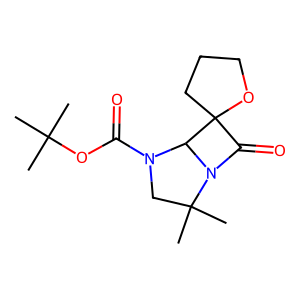
SMILES: CC(C)(C)OC(=O)N1CC(C)(C)N2C(=O)C3(CCCO3)C12
Inhibits HIV replication: No